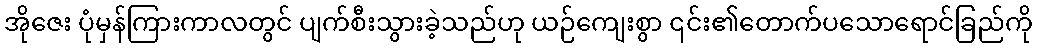
အိုဇေး ပုံမှန်ကြားကာလတွင် ပျက်စီးသွားခဲ့သည်ဟု ယဉ်ကျေးစွာ ၎င်း၏တောက်ပသောရောင်ခြည်ကို